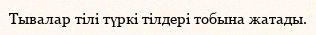
Тывалар тілі түркі тілдері тобына жатады.